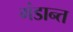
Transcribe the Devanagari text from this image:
गंडान्त